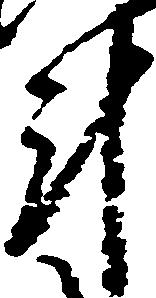
斗